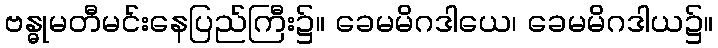
ဗန္ဓုမတီမင်းနေပြည်ကြီး၌။ ခေမမိဂဒါယေ၊ ခေမမိဂဒါယ၌။